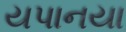
યપાનયા